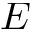
E